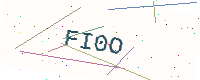
Text: FI0O